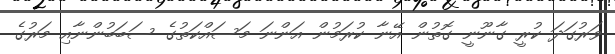
ވަރުގަދަ ކުރީ ގާނޫނީ ގޮތުން އޭނާ ކުރަމުން އަންނަ މަސައްކަތުގެ ސަބަބުންނާއި މަރުގެ